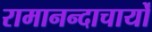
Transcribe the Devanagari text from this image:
रामानन्दाचार्यों